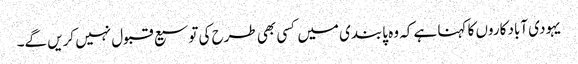
یہودی آباد کاروں کا کہنا ہے کہ وہ پابندی میں کسی بھی طرح کی توسیع قبول نہیں کریں گے۔